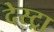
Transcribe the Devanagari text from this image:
देस्ट्रा